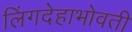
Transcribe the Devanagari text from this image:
लिंगदेहाभोवती